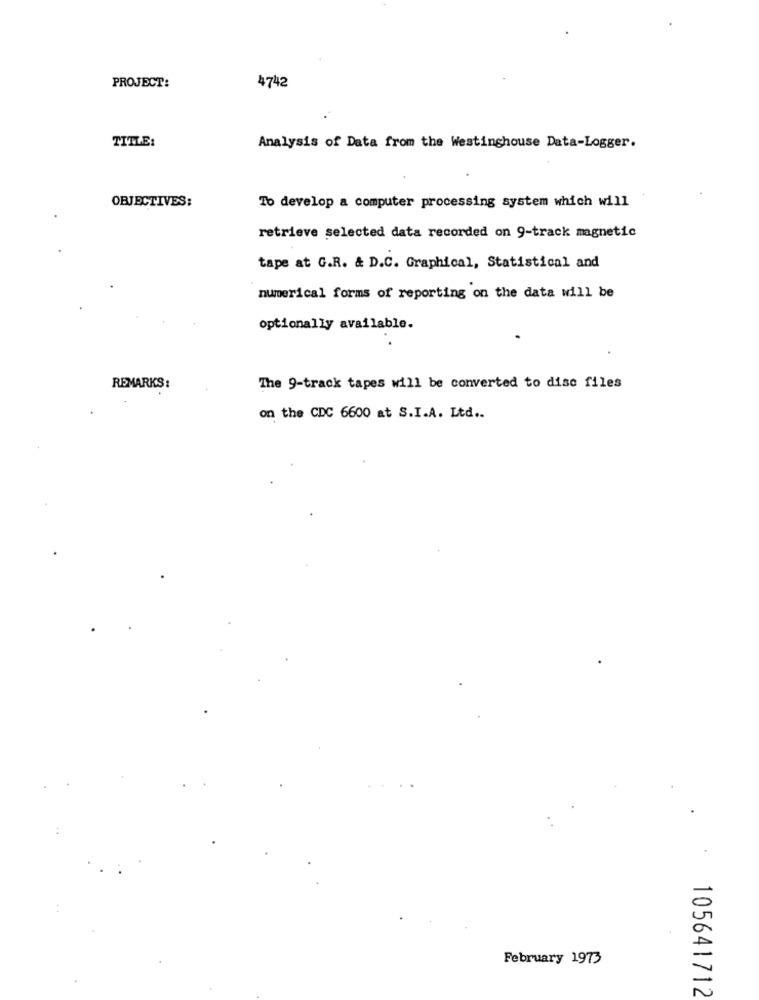
PROJECT:
4742
TITLE:
Analysis of Data from the Westinghouse Data-Logger.
OBJECTIVES:
To develop a computer processing system which will
retrieve selected data recorded on 9-track magnetic
tape at G.R. & D.C. Graphical, Statistical and
numerical forms of reporting on the data will be
optionally available.
REMARKS:
The 9-track tapes will be converted to disc files
on the CDC 6600 at S.I.A. Ltd ..
February 1973
105641712